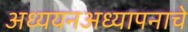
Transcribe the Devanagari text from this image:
अध्ययनअध्यापनाचे